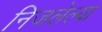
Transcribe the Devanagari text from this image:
निजलेल्या